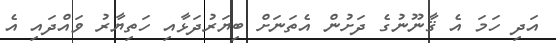
އަދި ހަމަ އެ ޤާނޫނުގެ ދަށުން އެތަނަށް ބިޔަރުދަޅާއި ހަތިޔާރު ވައްދައި އެ